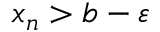
x _ { n } > b - \varepsilon